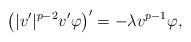
LaTeX: \begin{align*} \big( |v'|^{p-2}v' \varphi \big)'=-\lambda v^{p-1}\varphi,\end{align*}